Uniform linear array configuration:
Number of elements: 4
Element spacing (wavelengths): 1
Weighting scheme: hann
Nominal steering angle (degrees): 45
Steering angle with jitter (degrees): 46.408
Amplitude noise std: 0.05
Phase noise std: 0.05

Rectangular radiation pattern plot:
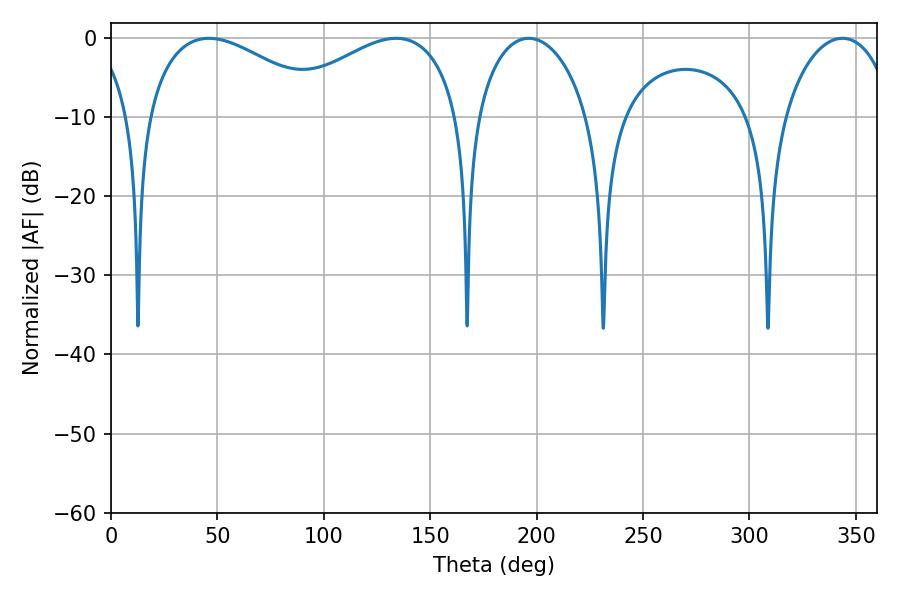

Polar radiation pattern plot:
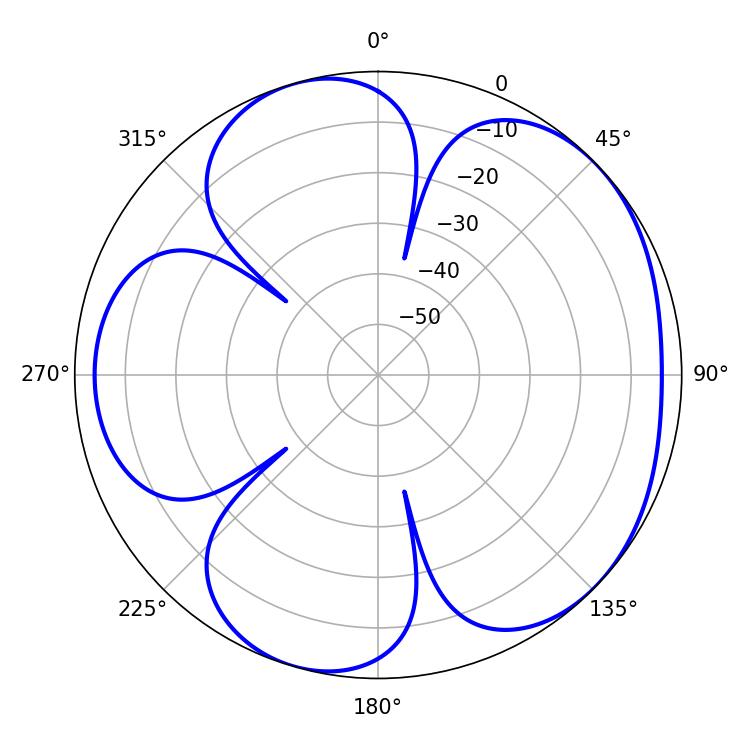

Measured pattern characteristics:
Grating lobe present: TRUE
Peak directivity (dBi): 4.849
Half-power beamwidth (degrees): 47.7
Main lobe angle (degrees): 46.08